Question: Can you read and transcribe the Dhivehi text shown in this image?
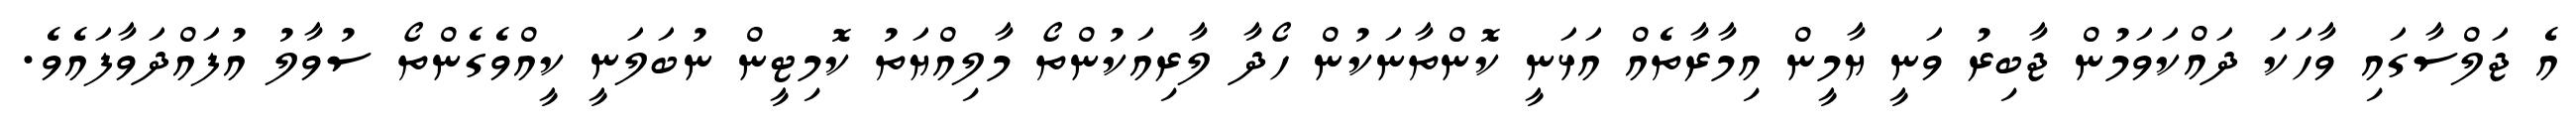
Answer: އެ ޖަލްސާގައި ވާހަކަ ދައްކަވަމުން ޖާބިރު ވަނީ ޔާމީން އިމާރާތެއް އަޅަނީ ކޮންތާނަކުން ހޯދާ ލާރިއަކުންތޯ މާލިއްޔަތު ކޮމިޓީން ނުބަލަނީ ކީއްވެގެންތޯ ސުވާލު އުފައްދަވާފައެވެ.